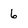
Character: 6